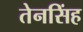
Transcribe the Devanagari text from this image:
तेनसिंह